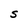
Character: S